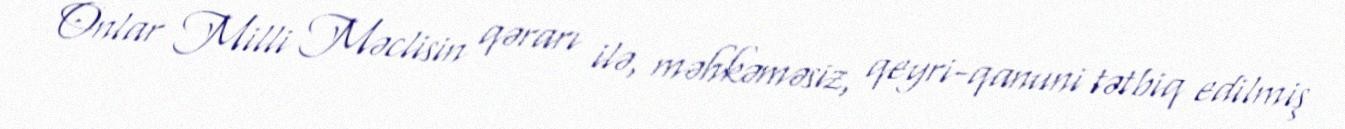
Onlar Milli Məclisin qərarı ilə, məhkəməsiz, qeyri-qanuni tətbiq edilmiş